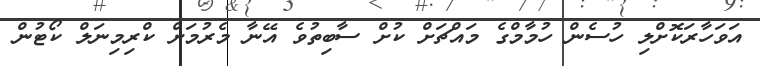
އަވަހާރަކޮށްލި ހުސެން ހުމާމްގެ މައްޗަށް ކުށް ސާބިތުވެ އޭނާ މެރުމަށް ކްރިމިނަލް ކޯޓުން